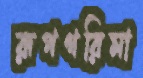
রূপগরিমা